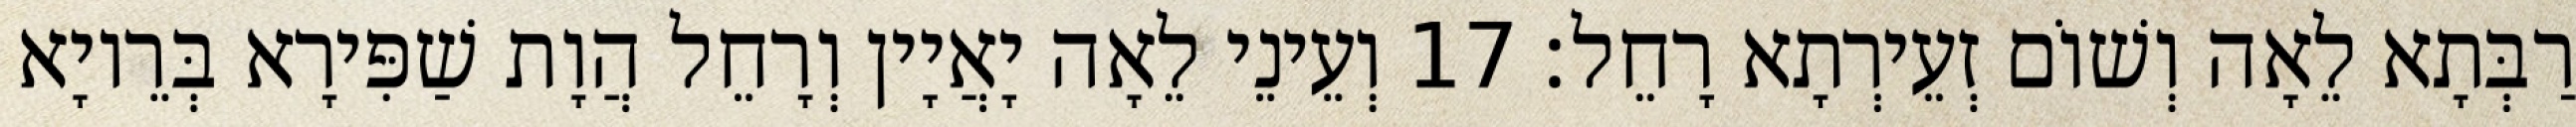
רַבְּתָא לֵאָה וְשׁוֹם זְעֵירְתָא רָחֵל׃ 17 וְעֵינֵי לֵאָה יָאֲיָין וְרָחֵל הֲוָת שַׁפִּירָא בְּרֵיוָא